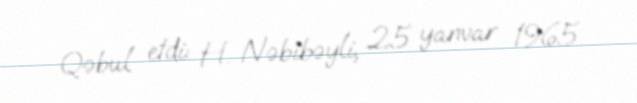
Qəbul etdi: H. Nəbibəyli, 25 yanvar 1965